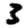
Digit: 3